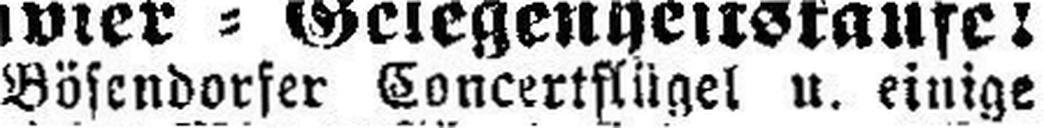
Bösendorfer Concertflügel u. einige